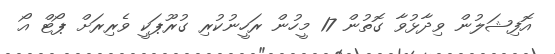
އޮފިޝަލުން ވިދާޅުވާ ގޮތުން 17 މީހުން ރަހީނުކުރި ގުރޫޕަކީ ވެރިރަށް ޕޯޓް އޯ